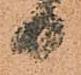
日